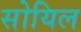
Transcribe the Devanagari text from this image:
सोयिल